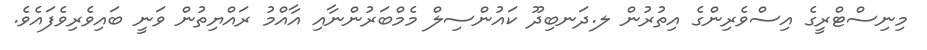
މިނިސްޓްރީގެ އިސްވެރިންގެ އިތުރުން ލ.ދަނބިދޫ ކައުންސިލް މެމްބަރުންނާއި އާއްމު ރައްޔިތުން ވަނީ ބައިވެރިވެފައެވެ.